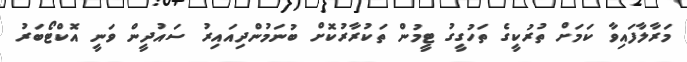
މަރާލާފައިވާ ކަމަށް ތުރުކީގެ ތަހުގީގު ޓީމުން ތަކުރާރުކޮށް ބުނަމުންދިއައިރު ސައުދީން ވަނީ އޮކްޓޯބަރު